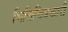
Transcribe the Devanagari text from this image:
भित्तिचित्रकारी